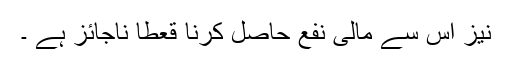
نیز اس سے مالی نفع حاصل کرنا قعطاً ناجائز ہے ۔